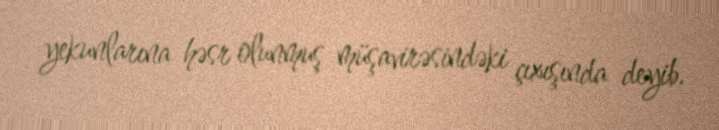
yekunlarına həsr olunmuş müşavirəsindəki çıxışında deyib.